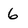
Character: 6